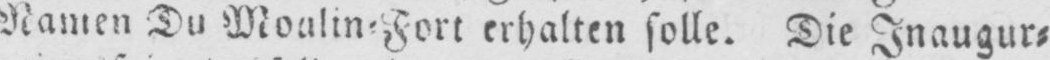
Namen Du Moulin⸗Fort erhalten solle. Die Inaugur⸗